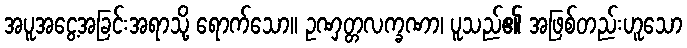
အပူအငွေ့အခြင်းအရာသို့ ရောက်သော။ ဥဏှတ္တလက္ခဏာ၊ ပူသည်၏ အဖြစ်တည်းဟူသော